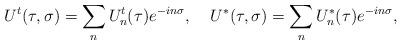
LaTeX: \begin{align*}U^t(\tau,\sigma)=\sum_n U^t_n(\tau)e^{-in\sigma},\;\;\;\; U^*(\tau,\sigma)=\sum_n U^*_n(\tau)e^{-in\sigma},\end{align*}